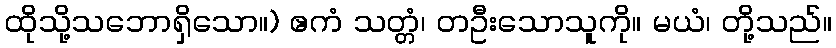
ထိုသို့သဘောရှိသော။) ဧကံ သတ္တံ၊ တဦးသောသူကို။ မယံ၊ တို့သည်။